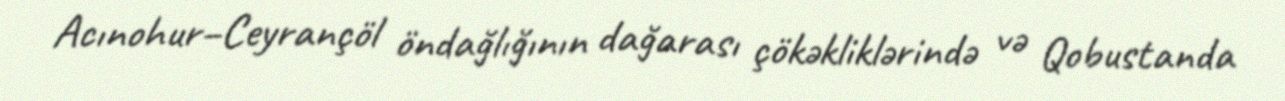
Acınohur–Ceyrançöl öndağlığının dağarası çökəkliklərində və Qobustanda